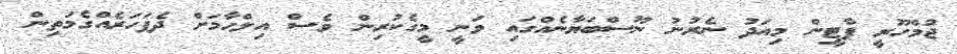
ޖުމްހޫރީ ޕާޓީން މިއަދު ނެރުނު ނޫސްބަޔާނެއްގައި ވަނީ މީގެކުރިން ވެސް އިލްހާމަށް ދެފަހަރެއްގެމަތިން